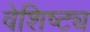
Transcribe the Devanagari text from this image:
वेशिष्ट्य